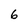
Character: 6